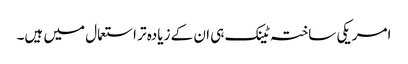
امریکی ساختہ ٹینک ہی ان کے زیادہ تر استعمال میں ہیں۔